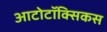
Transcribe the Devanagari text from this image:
आटोटॉक्सिकस